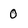
Character: 0